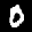
Label: 0